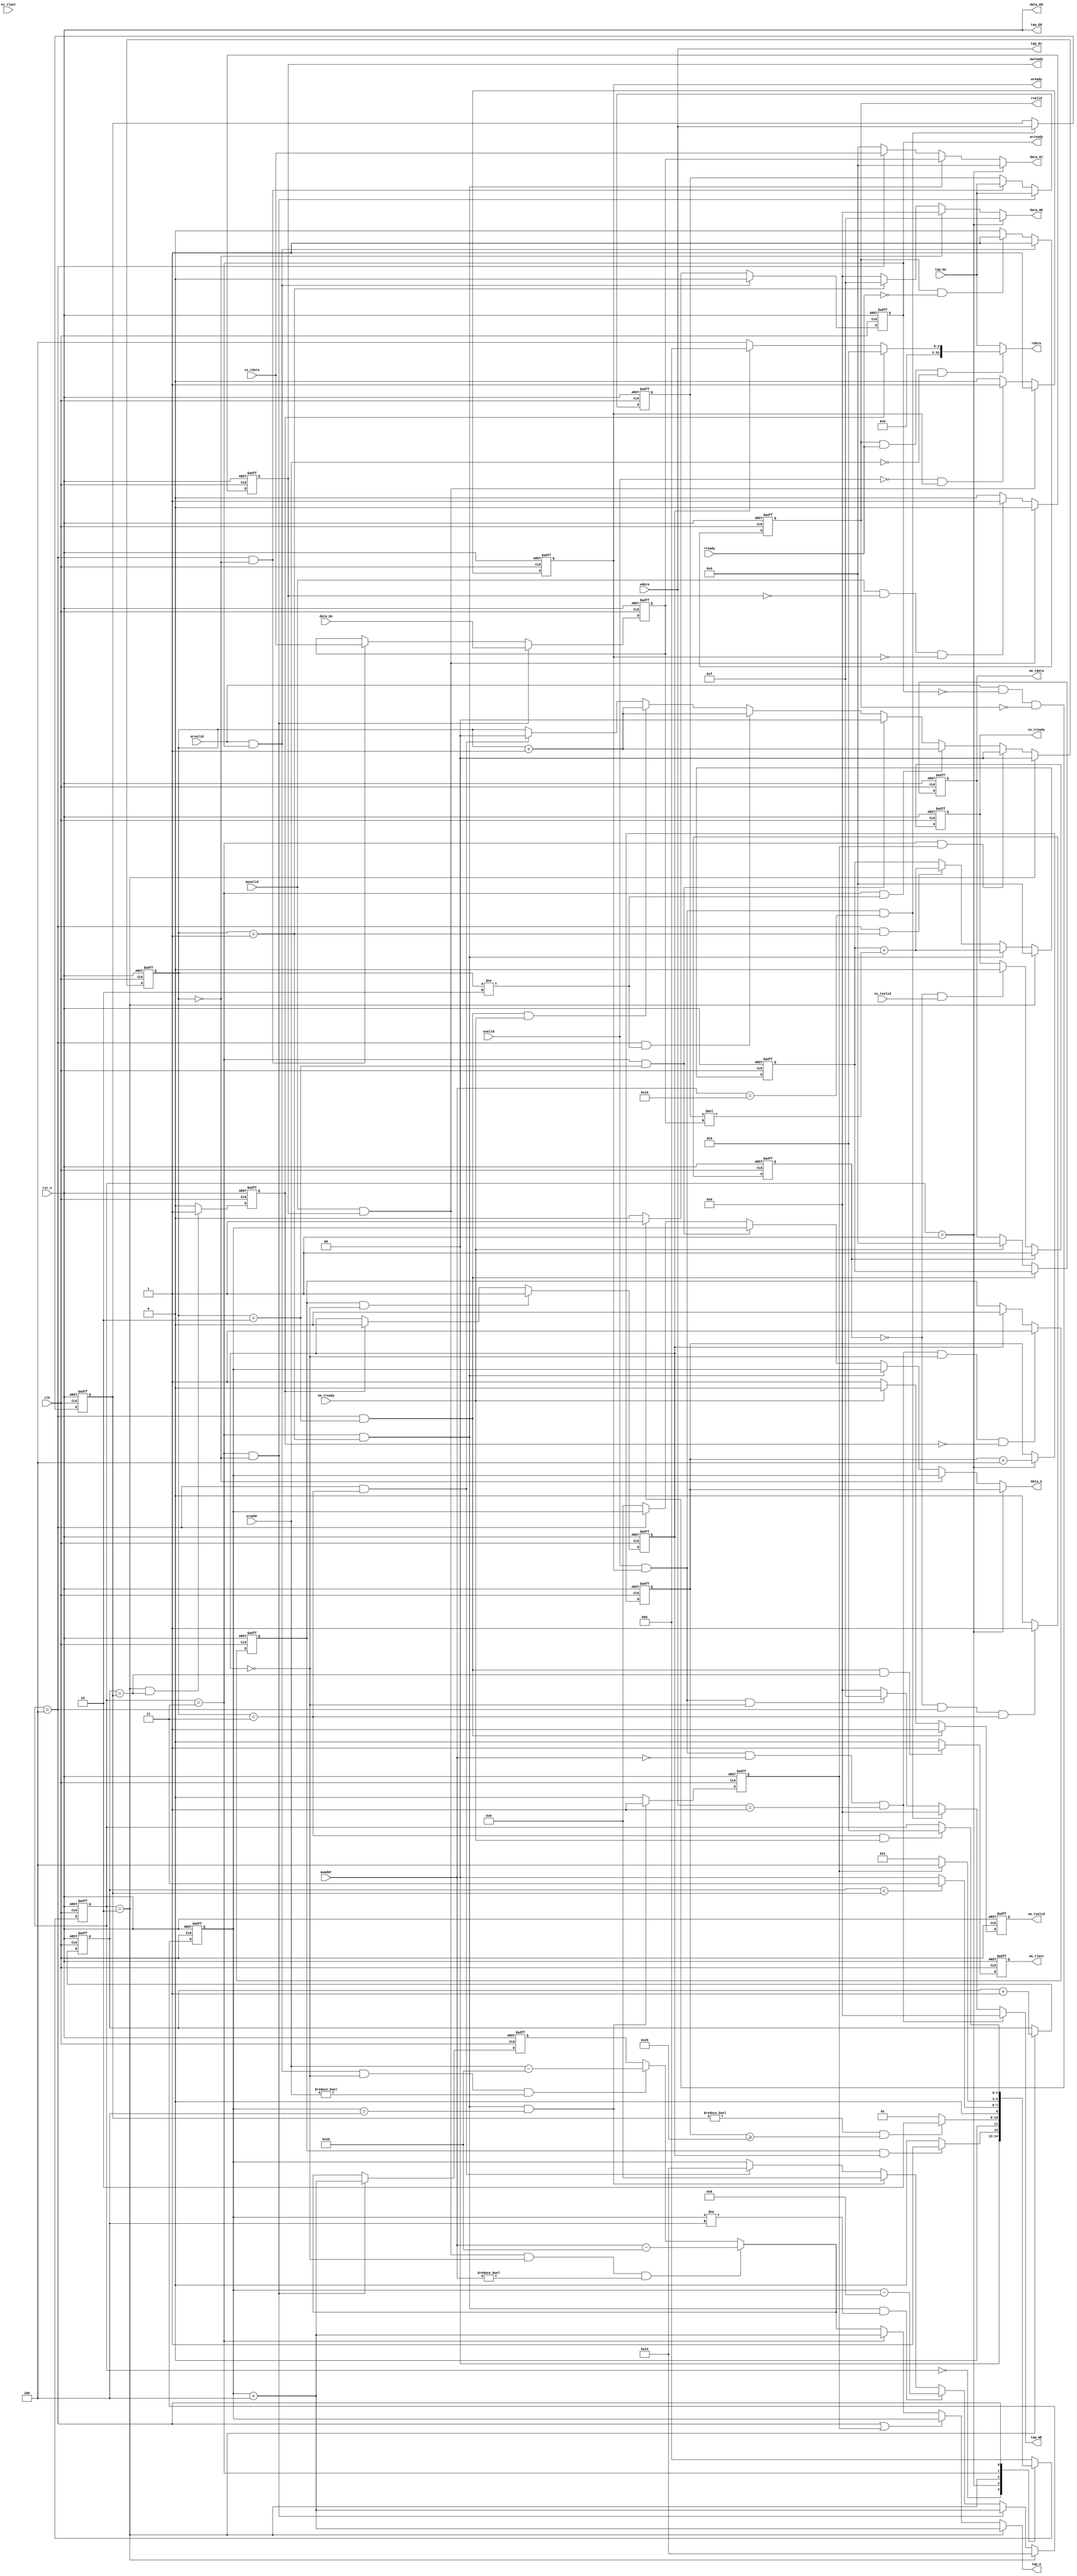
`timescale 1ns / 1ps
`timescale 1ns / 1ps
module fir 
#(  
	parameter pADDR_WIDTH = 12,
   parameter pDATA_WIDTH = 32,
   parameter Tape_Num    = 11
)
(
	output  reg                      awready,
	output  reg                      wready,
	input   wire                     awvalid,
	input   wire [(pADDR_WIDTH-1):0] awaddr,
	input   wire                     wvalid,
	input   wire [(pDATA_WIDTH-1):0] wdata,
	
	output  reg                      arready,
	input   wire                     rready,
	input   wire                     arvalid,
	input   wire [(pADDR_WIDTH-1):0] araddr,
	output  reg                      rvalid,
	output  reg  [(pDATA_WIDTH-1):0] rdata, 
   
	input   wire                     ss_tvalid, 
	input   wire [(pDATA_WIDTH-1):0] ss_tdata, 
	input   wire                     ss_tlast, 
	output  reg                      ss_tready, 
	
	input   wire                     sm_tready, 
	output  reg                      sm_tvalid, 
	output  reg  [(pDATA_WIDTH-1):0] sm_tdata, 
	output  reg                      sm_tlast, 

	// bram for tap RAM
	output  reg [3:0]                tap_WE,
	output  wire                     tap_EN,
	output  wire[(pDATA_WIDTH-1):0]  tap_Di,
	output  reg [(pADDR_WIDTH-1):0]  tap_A,
	input   wire [(pDATA_WIDTH-1):0] tap_Do,

	// bram for data RAM
	output  reg  [3:0]               data_WE,
	output  wire                     data_EN,
	output  reg  [(pDATA_WIDTH-1):0] data_Di,
	output  reg  [(pADDR_WIDTH-1):0] data_A,
	input   wire [(pDATA_WIDTH-1):0] data_Do,

	input   wire                     clk,
	input   wire                     rst_n
);

	reg 		   ap_start;
	reg 		   ap_done;
	reg 		   ap_idle;
	
	reg  [31:0] idx;
	reg  [31:0] data_length;
	reg 		   finish;
	reg 		   input_full;
	reg  [ 1:0] fir_cnt;
	reg  [31:0] an32Coef;
	reg  [31:0] an32Data;
	reg  [31:0] n32Acc;
	reg  [11:0] fir_addr;
	reg  [11:0] clr_data_ram;
	
	reg  [11:0] tem_addr;
	
	reg  [ 2:0] state;
	reg  [ 2:0] next_state;
	localparam ST_IDLE = 3'b000;
	localparam ST_SET  = 3'b001;
	localparam ST_LOOP = 3'b010;
	localparam ST_CAL = 3'b011;
	localparam ST_OUT  = 3'b100;
	
	always@(posedge clk or negedge rst_n) begin
		if(~rst_n) 					  idx <= 0;
		else if(state == ST_LOOP) idx <= idx + 32'b1;
		else 							  idx <= idx;
	end
	
	always@(posedge clk or negedge rst_n) begin
		if(~rst_n) state <= ST_IDLE;
		else		  state <= next_state;
	end
	always@(*) begin
		next_state <= state;
		case(state)
			ST_IDLE: if(ap_start == 1 && ap_idle == 1) 						next_state <= ST_SET;
						else									  	 						next_state <= ST_IDLE;
			ST_SET : if(data_length!=32'h0 && clr_data_ram >= 12'h28)   next_state <= ST_LOOP;
						else									  	 						next_state <= ST_SET;
			ST_LOOP:	if(idx < data_length)			  	 						next_state <= ST_CAL;
						else 									  	 						next_state <= ST_IDLE;
			ST_CAL : if(~finish)														next_state <= ST_CAL;
						else 									    						next_state <= ST_OUT;
			ST_OUT :	if(fir_cnt == 2'b11 && sm_tready == 1)				  	next_state <= ST_LOOP;
			default:											  	 						next_state <= ST_IDLE;
		endcase
	end
	
	// AXI4-Lite Read
	always@(posedge clk or negedge rst_n) begin
		if(~rst_n) 									  					  arready <= 0;
		else if(arvalid == 1 && arready == 1) 					  arready <= 0;
		else if(arvalid == 1 && arready == 0 && rvalid == 0) arready <= 1;
		else 											  					  arready <= 0;
	end
	always@(posedge clk or negedge rst_n) begin
		if(~rst_n) 									  rvalid <= 0;
		else if(arvalid == 1 && arready == 1) rvalid <= 1;
		else if(rvalid  == 1 && rready  == 0) rvalid <= 1;
		else if(rvalid  == 1 && rready  == 1) rvalid <= 0;
		else 											  rvalid <= 0;
	end
	always@(*) begin
		if(rvalid == 1 && rready == 1 && araddr == 12'h00) begin
			if(ap_done == 1) rdata = 32'h02;
			else if(ap_idle == 0) rdata = 32'h04;
			else 						 rdata = 32'h0;
		end
		else rdata = tap_Do;
	end

	// AXI4-Lite Write
	always@(posedge clk or negedge rst_n) begin
		if(~rst_n) 									  					  awready <= 0;
		else if(awvalid == 1 && awready == 1) 					  awready <= 0;
		else if(awvalid == 1 && awready == 0 && wready == 0) awready <= 1;
		else 											  					  awready <= 0;
	end
	always@(posedge clk or negedge rst_n) begin
		if(~rst_n) 									  wready <= 0;
		else if(awvalid == 1 && awready == 1) wready <= 1;
		else if(wvalid  == 0 && wready  == 1) wready <= 1;
		else if(wvalid  == 1 && wready  == 1) wready <= 0;
		else 											  wready <= 0;
	end
	
	// tap RAM
	assign tap_EN = rst_n;
	assign tap_Di = wdata;
	always@(*) begin
		if(wvalid == 1 && wready == 1 && awaddr == 12'h00 && tap_Di == 32'h01) // ap_start = 1
			tap_WE = 4'h0;
		else if(wvalid == 1 && wready == 1 && awaddr == 12'h10)					  // read data length
			tap_WE = 4'h0;
		else if(wvalid == 1 && wready == 1 && ap_idle == 0)
			tap_WE = 4'hf;
		else if(rvalid == 1 && rready == 1 && ap_idle == 0)
			tap_WE = 4'h0;
		else																 
			tap_WE = 4'h0;
	end
	always@(*) begin
		if(state == ST_LOOP)																		  tap_A = fir_addr + 12'h04;
		else if(state == ST_OUT || finish)													  tap_A = fir_addr;
		else if(state == ST_CAL)		  														  tap_A = fir_addr + 12'h04;
		else if(awvalid == 1 && awready == 1 && ap_idle == 0 && awaddr != 12'h00) tap_A = awaddr - 12'h20;
		else if(arvalid == 1 && arready == 1 && ap_idle == 0 && araddr != 12'h00) tap_A = araddr - 12'h20;
		else 																							  tap_A = tem_addr;
	end
	always@(posedge clk or negedge rst_n) begin
		if(~rst_n) tem_addr <= 12'h0;
		else if(state == ST_CAL && fir_cnt == 2'b00)
			tem_addr <= fir_addr + 12'h04;
		else if(awvalid == 1 && awready == 1 && ap_idle == 0 && awaddr != 12'h00)
			tem_addr <= awaddr - 12'h20;
		else if(arvalid == 1 && arready == 1 && ap_idle == 0 && araddr != 12'h00)
			tem_addr <= araddr - 12'h20;
		else
			tem_addr <= tem_addr;
	end
	
	always@(posedge clk or negedge rst_n) begin
		if(~rst_n) 					 
			data_length <= 0;
		else if(wvalid == 1 && wready == 1 && awaddr == 12'h10)
			data_length <= tap_Di;
		else 							 
			data_length <= data_length;
	end
	
	// AXI4-Stream Xn(ss)
	always@(posedge clk or negedge rst_n) begin
		if(~rst_n) 																		 input_full <= 0;
		else if(input_full == 0 && state == ST_OUT && fir_cnt == 2'b11) input_full <= 1;
		else																				 input_full <= 0;
	end
	
	always@(posedge clk or negedge rst_n) begin
		if(~rst_n)
			ss_tready <= 0;
		else if(input_full == 1)
			ss_tready <= 1;
		else if(input_full == 0 && ss_tvalid == 1)
			ss_tready <= 0;
	end
	
	// AXI4-Stream Yn(sm)
	always@(posedge clk or negedge rst_n) begin
		if(~rst_n)  sm_tvalid <= 0;
		else if(state == ST_OUT && fir_cnt == 2'b10) sm_tvalid <= 1;
		else if(sm_tready == 0)								sm_tvalid <= 1;
		else														sm_tvalid <= 0;
	end
	
	always@(posedge clk or negedge rst_n) begin
		if(~rst_n)  sm_tdata <= 0;
		else if(state == ST_OUT && fir_cnt == 2'b10) sm_tdata <= n32Acc;
		else if(sm_tready == 0)								sm_tdata <= sm_tdata;
		else														sm_tdata <= 0;
	end
	
	always@(posedge clk or negedge rst_n) begin
		if(~rst_n) sm_tlast <= 0;
		else if(state == ST_OUT && fir_cnt == 2'b10 && idx == data_length)
			sm_tlast <= 1;
		else
			sm_tlast <= 0;
	end
	
	// data RAM	
	assign data_EN = rst_n;
	always@(*) begin
		if(state == ST_SET)		  data_WE = 4'hf; // reset data memory
		else if(fir_cnt == 2'b00) data_WE = 4'h0;
		else if(fir_cnt == 2'b01) data_WE = 4'hf;
		else if(fir_cnt == 2'b10) data_WE = 4'h0;
		else							  data_WE = 0;
	end
	always@(*) begin
		if(state == ST_SET)									data_Di = 0;
		else if(state == ST_CAL && fir_cnt == 2'b01) data_Di = an32Data;
		else if(state == ST_OUT)
			data_Di = ss_tdata;
		else														data_Di = 0;
	end
	
	always@(*) begin
		if(state == ST_SET)									data_A = clr_data_ram;
		else if(fir_cnt == 2'b00) 		  				   data_A = fir_addr; // fir_addr - 12'h04
		else if(state == ST_CAL && fir_cnt == 2'b01) data_A = fir_addr;
		else if(state == ST_CAL && fir_cnt == 2'b10) data_A = fir_addr;
		else if(state == ST_OUT)							data_A = fir_addr;
		else 														data_A = 0;
	end
	
	always@(posedge clk or negedge rst_n) begin
		if(~rst_n) clr_data_ram <= 12'h00;
		else if(state == ST_SET) clr_data_ram <= clr_data_ram + 12'h04;
	end
	
	// FIR
	always@(posedge clk or negedge rst_n) begin
		if(~rst_n)
			ap_start <= 0;
		else if(wvalid == 1 && wready == 1 && awaddr == 12'h00 && tap_Di == 32'h0000_0001 && ap_idle == 0 && ap_done == 0)
			ap_start <= 1;
		else if(ap_idle == 1)
			ap_start <= 0;
	end
	always@(posedge clk or negedge rst_n) begin
		if(~rst_n) ap_idle <= 0;
		else if(ap_start == 1 && ap_idle == 0)
			ap_idle <= 1;
		else if(ap_done == 1)
			ap_idle <= 0;
		else
			ap_idle <= ap_idle;
	end
	always@(posedge clk or negedge rst_n) begin
		if(~rst_n)
			ap_done <= 0;
		else if(state == ST_LOOP && idx == data_length)
			ap_done <= 1;
		else
			ap_done <= 0;
	end
	
	always@(posedge clk or negedge rst_n) begin
		if(~rst_n) fir_cnt <= 0;
		else if(state == ST_LOOP) 							fir_cnt <= 0;
		else if(state == ST_CAL && finish == 1)		fir_cnt <= 0;
		else if(state == ST_CAL && fir_cnt != 2'b10) fir_cnt <= fir_cnt + 2'b1;
		else if(state == ST_CAL && fir_cnt == 2'b10) fir_cnt <= 0;
		else if(state == ST_OUT && fir_cnt != 2'b10) fir_cnt <= fir_cnt + 2'b1;
		else if(state == ST_OUT && fir_cnt == 2'b10 && sm_tready == 1) fir_cnt <= fir_cnt + 2'b1;
		else if(state == ST_OUT && fir_cnt == 2'b11) fir_cnt <= 0;
	end
	always@(posedge clk or negedge rst_n) begin
		if(~rst_n) 												fir_addr <= 12'h24; // 12'h09 << 2 = 12'h24
		else if(state == ST_LOOP) 							fir_addr <= 12'h24;
		else if(state == ST_CAL && fir_cnt == 2'b00) fir_addr <= fir_addr + 12'h04;
		else if(state == ST_CAL && fir_cnt == 2'b01 && fir_addr != 12'h04)
			fir_addr <= fir_addr - 12'h08;
		else if(state == ST_CAL && fir_cnt == 2'b01 && fir_addr == 12'h04)
			fir_addr <= 12'h00;
		else if(state == ST_OUT && fir_cnt == 2'b11)
			fir_addr <= 12'h24;
	end
	
	always@(posedge clk or negedge rst_n) begin
		if(~rst_n) 												an32Data <= 0;
		else if(state == ST_CAL && fir_cnt == 2'b00) an32Data <= data_Do;
		else if(state == ST_OUT && fir_cnt == 2'b00) an32Data <= ss_tdata;
	end
	always@(posedge clk or negedge rst_n) begin
		if(~rst_n) an32Coef <= 0;
		else if(state == ST_CAL && fir_cnt == 2'b00) an32Coef <= tap_Do;
		else if(state == ST_OUT && fir_cnt == 2'b00) an32Coef <= tap_Do;
	end
	always@(posedge clk or negedge rst_n) begin
		if(~rst_n) n32Acc <= 0;
		else if(state == ST_LOOP) n32Acc <= 0;
		else if(state == ST_CAL && fir_cnt == 2'b01) n32Acc <= n32Acc + an32Coef*an32Data;
		else if(state == ST_OUT && fir_cnt == 2'b01) n32Acc <= n32Acc + an32Coef*an32Data;
	end
	
	always@(posedge clk or negedge rst_n) begin
		if(~rst_n) finish <= 0;
		else if(state == ST_CAL && fir_cnt == 2'b01 && fir_addr == 12'h04)
			finish <= 1;
		else
			finish <= 0;
	end

endmodule